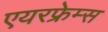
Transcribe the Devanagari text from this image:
एयरफ्रेम्स